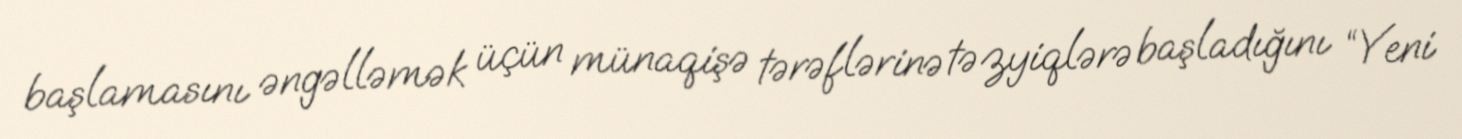
başlamasını əngəlləmək üçün münaqişə tərəflərinə təzyiqlərə başladığını “Yeni